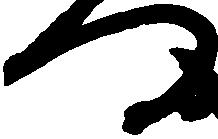
門